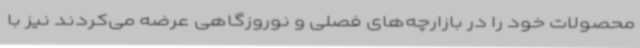
محصولات خود را در بازارچه‌های فصلی و نوروزگاهی عرضه می‌کردند نیز با